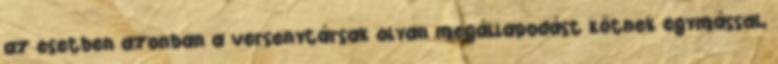
az esetben azonban a versenytársak olyan megállapodást kötnek egymással,